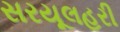
સરયૂલહરી